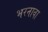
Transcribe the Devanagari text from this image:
भरनावा